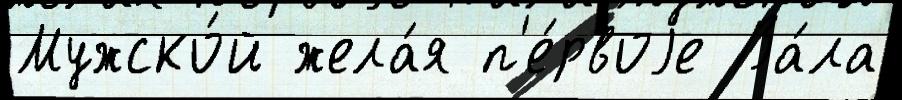
Мужско́й жела́я п'е́рвоjе Ва́ла